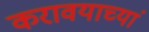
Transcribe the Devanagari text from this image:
करावयाच्यां